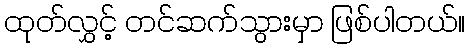
ထုတ်လွှင့် တင်ဆက်သွားမှာ ဖြစ်ပါတယ်။